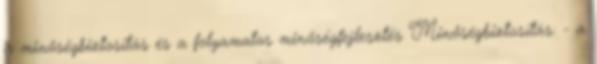
a minőségbiztosítás és a folyamatos minőségfejlesztés Minőségbiztosítás: - a